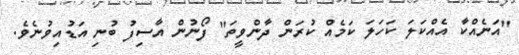
"އަނެއްކާ އެއްކަލަ ކަހަލަ ކަމެއް ކުރަން ދާންވީތަ" ފޯނުން އާސިފު ބުނި އަޑުއިވުނެވެ.